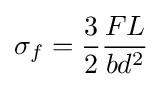
\sigma _{f}={\frac {3}{2}}{\frac {FL}{bd^{2}}}